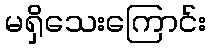
မရှိသေးကြောင်း